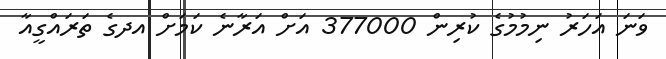
ވަނަ އަހަރު ނިމުމުގެ ކުރިން 377000 އަށް އަރާނެ ކަމަށް އދގެ ތަރައްގީއާ